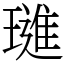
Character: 璡